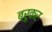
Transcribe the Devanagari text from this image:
ब्रुकर